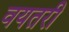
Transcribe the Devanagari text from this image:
वयतरी